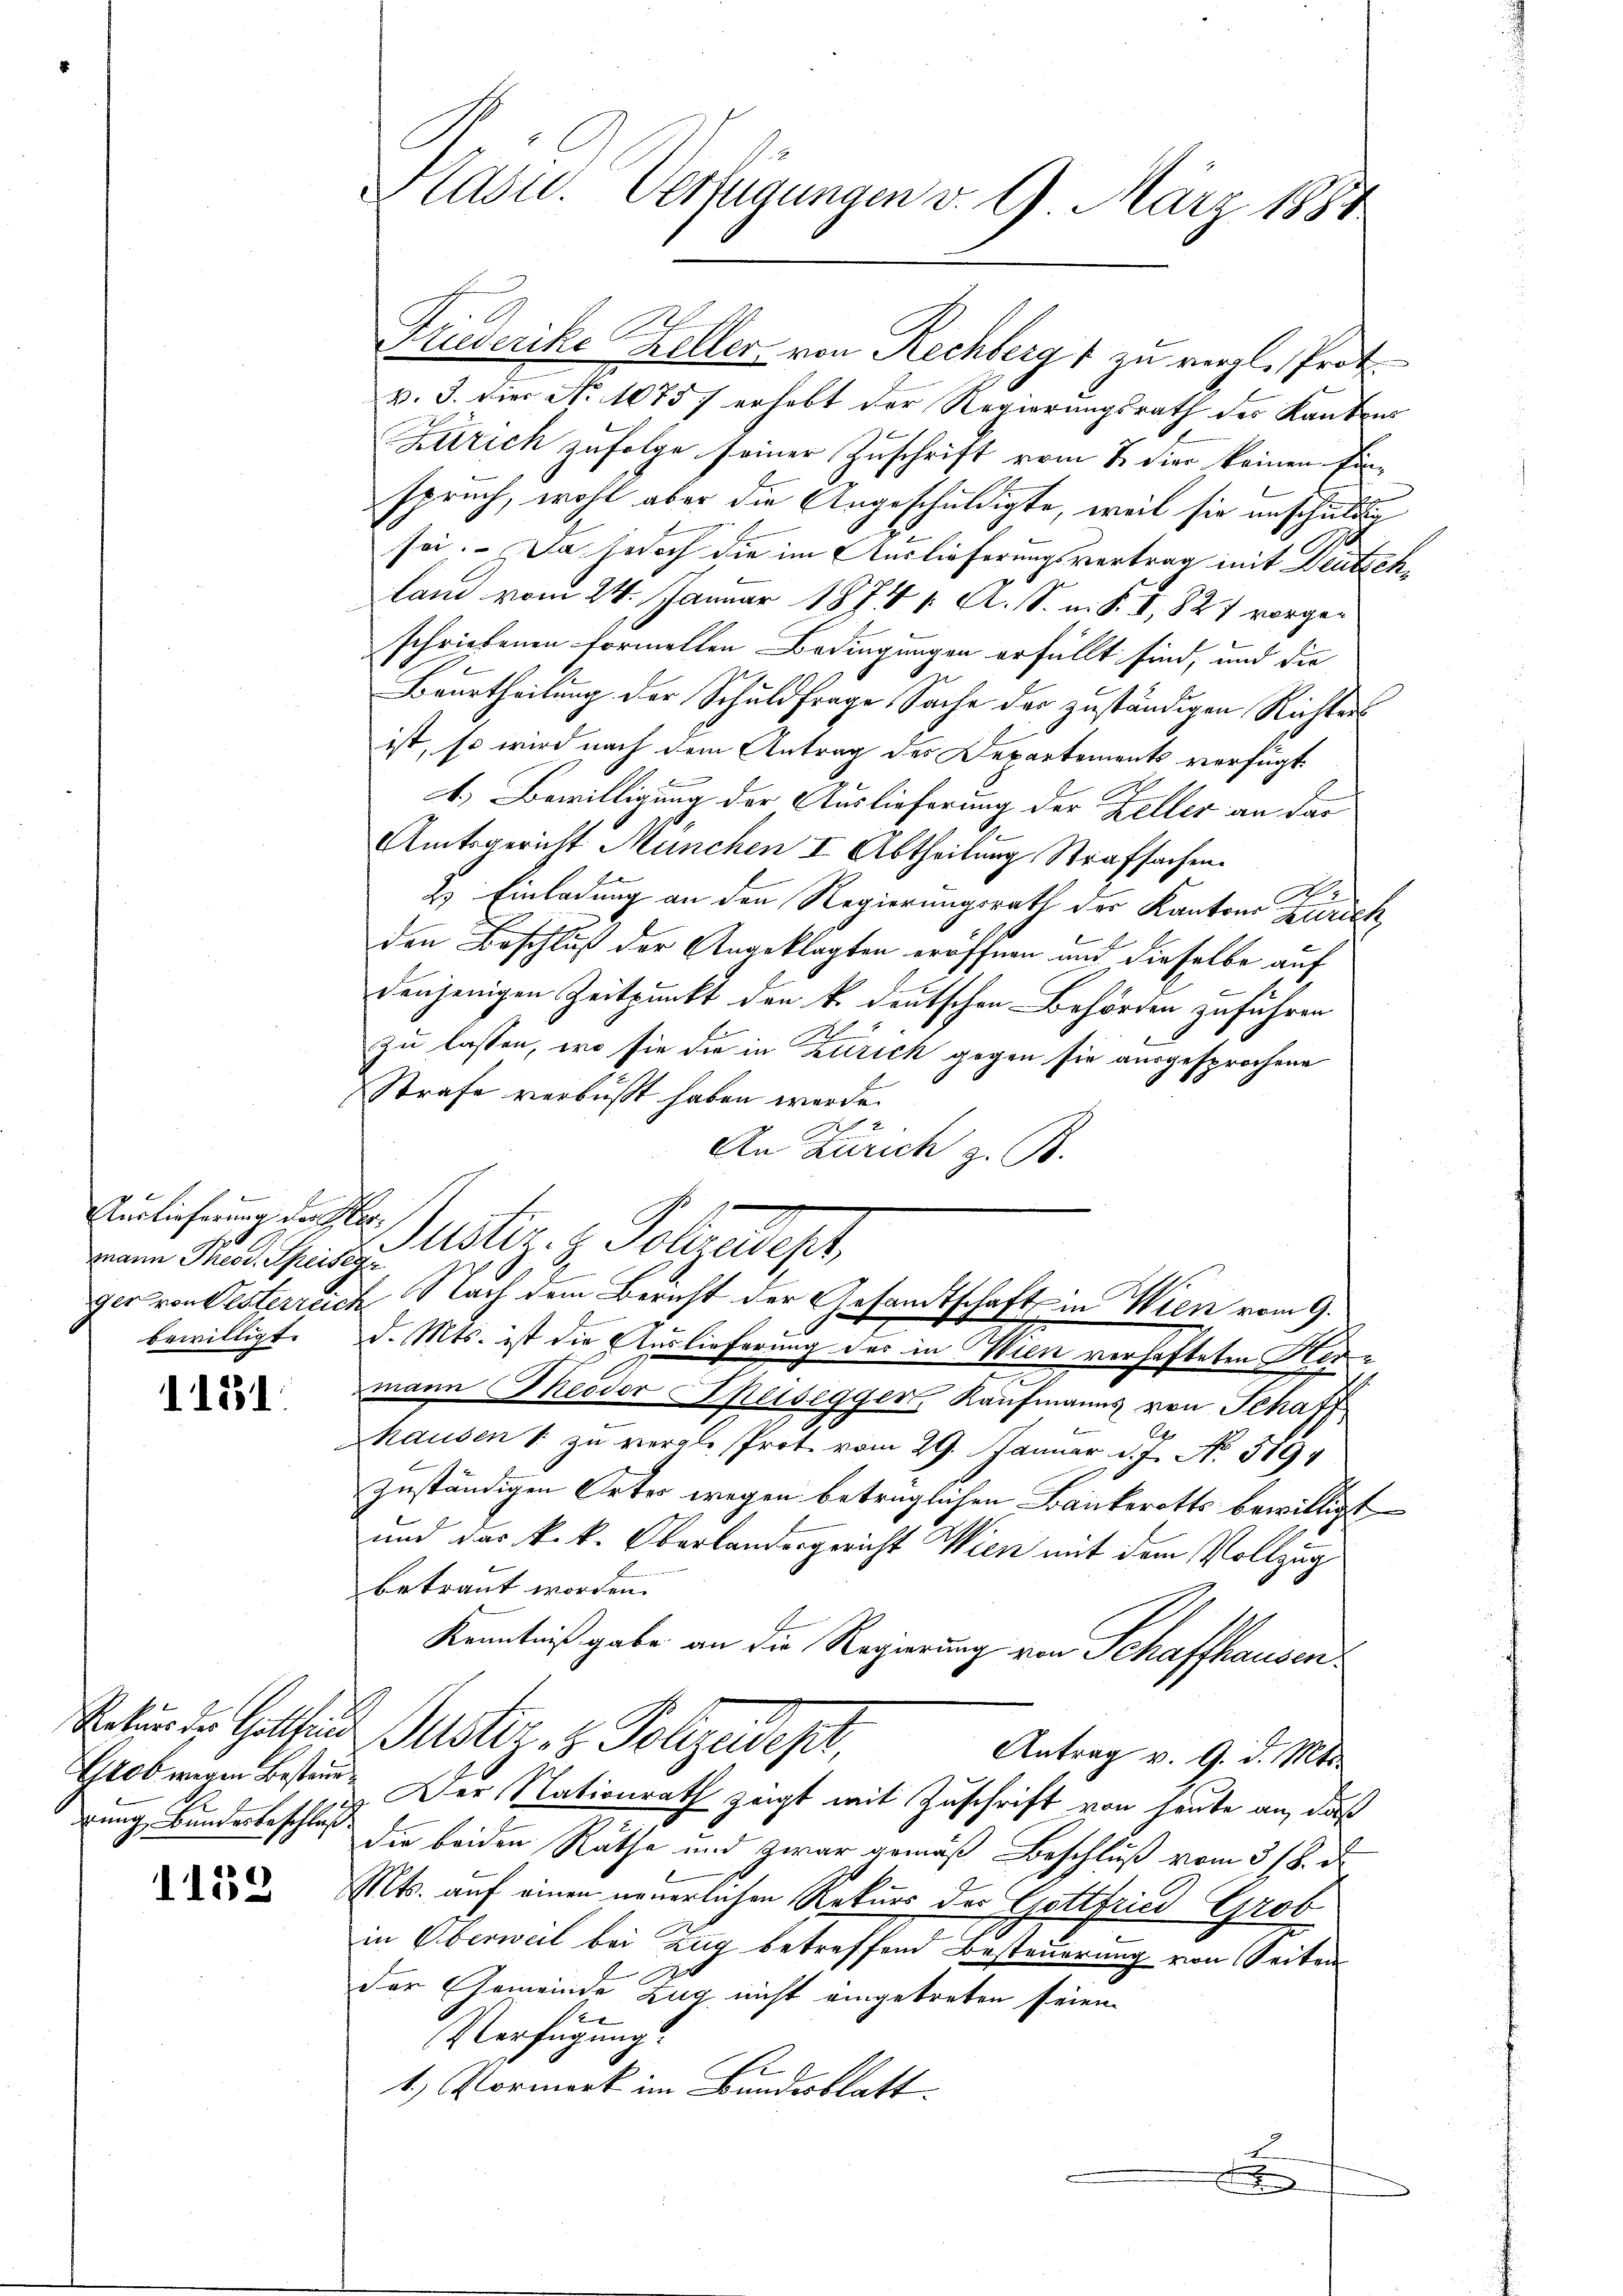
A
Auslieferung der Hermann Theod. Speisege

1131.

Grob wegen Bestandgung, Bundesbeschluß.

159

Kasu. Verfügungen v. 9. März 1884

Friederike Keller von Rechberg zu vergl. Prot
v. 3. der No 1075) erhebt der Regierungsrath des Kantons
Zürich zufolge seiner Zuschrift vom 2. die keinen Panspruch, wohl aber die Angeschuldigte, weil sie anschulg
sei. Da jedoch die im Auslieferungsvertrag mit Deutschland vom 24. Januar 1874 1. A. S. m. S. I, 827 vorgeschriebenen Formellen Bedingungen erfüllt sind, und die
d
Beurtheilung der Schuldfrage Sache der zuständigen Richters
ist, so wird nach dem Antrag des Departements verfügt
1.) Bewilligung der Auslieferung der Zeller an dar
Amtsgericht München I. Abtheilung Strafsachen
2
2) Einladung an den Regierungsrath der Kantons Zürich,
den Beschluß der Angeklagten eröffnen und dieselbe auf
denjenigen Zeitpunkt den k. deutschen Behörden zuführen
zu lassen, wo sie die in Zürich gegen sie ausgesprochene
Strafe verbüßt haben werde.
2
An Zürich z. B.
Muster. H. Polizeist
ger von Westerreich Nach dem Bericht der Gesandtschaft in Wien vom 9.
6
bewilligt. d. Mts. ist die Auslieferung des in Wien verhafteten Her
mann Theodor Speisegger, Kaufmanns von Schaff
hausen & zu vergle Prote vom 29. Januar d. J. No. 389
zuständigen Ortes wegen beträglichen Bankerotts bewilligt
und das k.k. Oberlandesgericht Wien mit dem Vollzug
betraut worden.
Kenntniß gabe an die Regierung von Schaffhausen.
Natur der Gott und Justiz- & Polizeideper,
Antrag v. 9. d. Mts.
Der Nationsrath zeigt mit Zuschrift von heute an, daß
Die beiden Rathe und zwar gemäß Beschluß vom 3/8. d.
Mts. auf einen neuerlichen Rekurs der Gottfried Grob
in Oberweil bei Zug betreffend Besteuerung von Seiten
der Gemeinde Zug nicht eingetreten seien.
Verfügungs-
s
1.) Vormerk im Bundesblatt
2
.